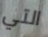
التي